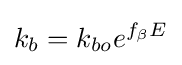
k_{b}=k_{bo}e^{f_{\beta }E}